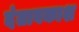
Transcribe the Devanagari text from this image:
दंतावकाश